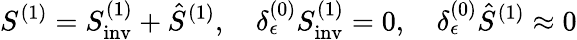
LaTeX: S^{(1)}=S_{\mathrm{inv}}^{(1)}+\hat{S}^{(1)},\quad\delta_{\epsilon}^{(0)}S_{\mathrm{inv}}^{(1)}=0,\quad\delta_{\epsilon}^{(0)}\hat{S}^{(1)}\approx 0